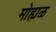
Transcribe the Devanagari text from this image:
मोह्यळ